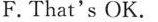
F.That's OK.